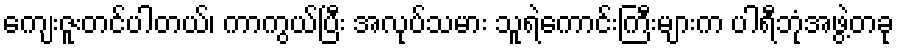
ကျေးဇူးတင်ပါတယ်၊ ကာကွယ်ပြီး အလုပ်သမား သူရဲကောင်းကြီးများက ပါရီဘုံအဖွဲ့တခု